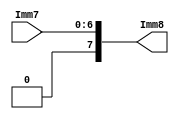
`timescale 1ns / 1ps

module SignExtender(Imm7,Imm8);
    input [6:0] Imm7;
    output [7:0] Imm8;
    assign Imm8=  {1'b0,Imm7[6:0]};
    
 endmodule